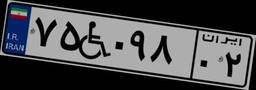
۰۲W۶۷۹۱۸